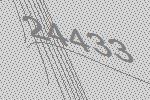
24433